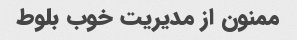
ممنون از مدیریت خوب بلوط